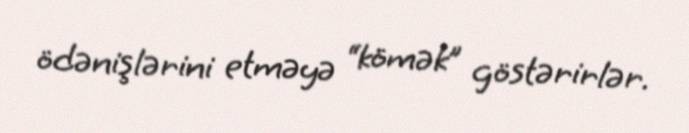
ödənişlərini etməyə “kömək” göstərirlər.